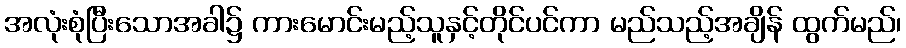
အလုံးစုံပြီးသောအခါ၌ ကားမောင်းမည့်သူနှင့်တိုင်ပင်ကာ မည်သည့်အချိန် ထွက်မည်၊